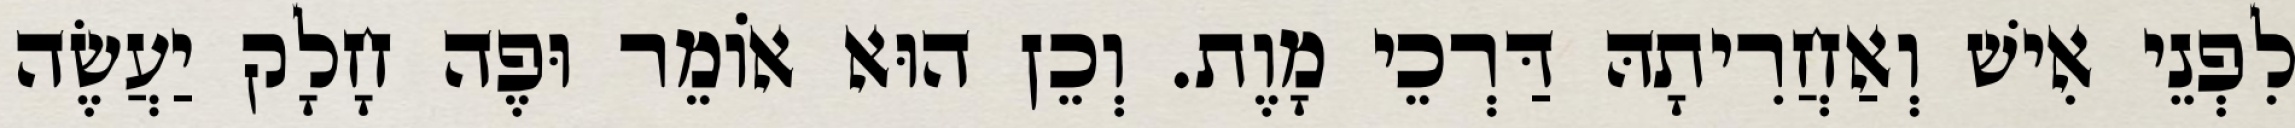
לִפְנֵי אִישׁ וְאַחֲרִיתָהּ דַּרְכֵי מָוֶת. וְכֵן הוּא אוֹמֵר וּפֶה חָלָק יַעֲשֶׂה